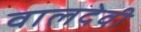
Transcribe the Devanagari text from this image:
वालदेवी